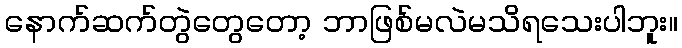
နောက်ဆက်တွဲတွေတော့ ဘာဖြစ်မလဲမသိရသေးပါဘူး။